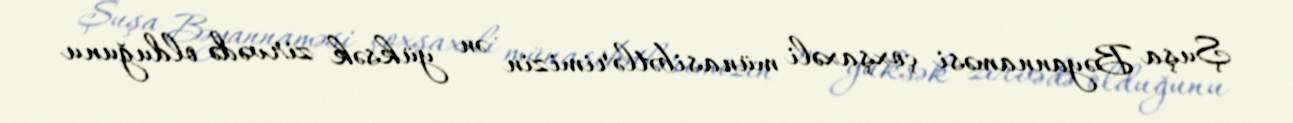
Şuşa Bəyannaməsi çoxşaxəli münasibətlərimizin ən yüksək zirvədə olduğunu